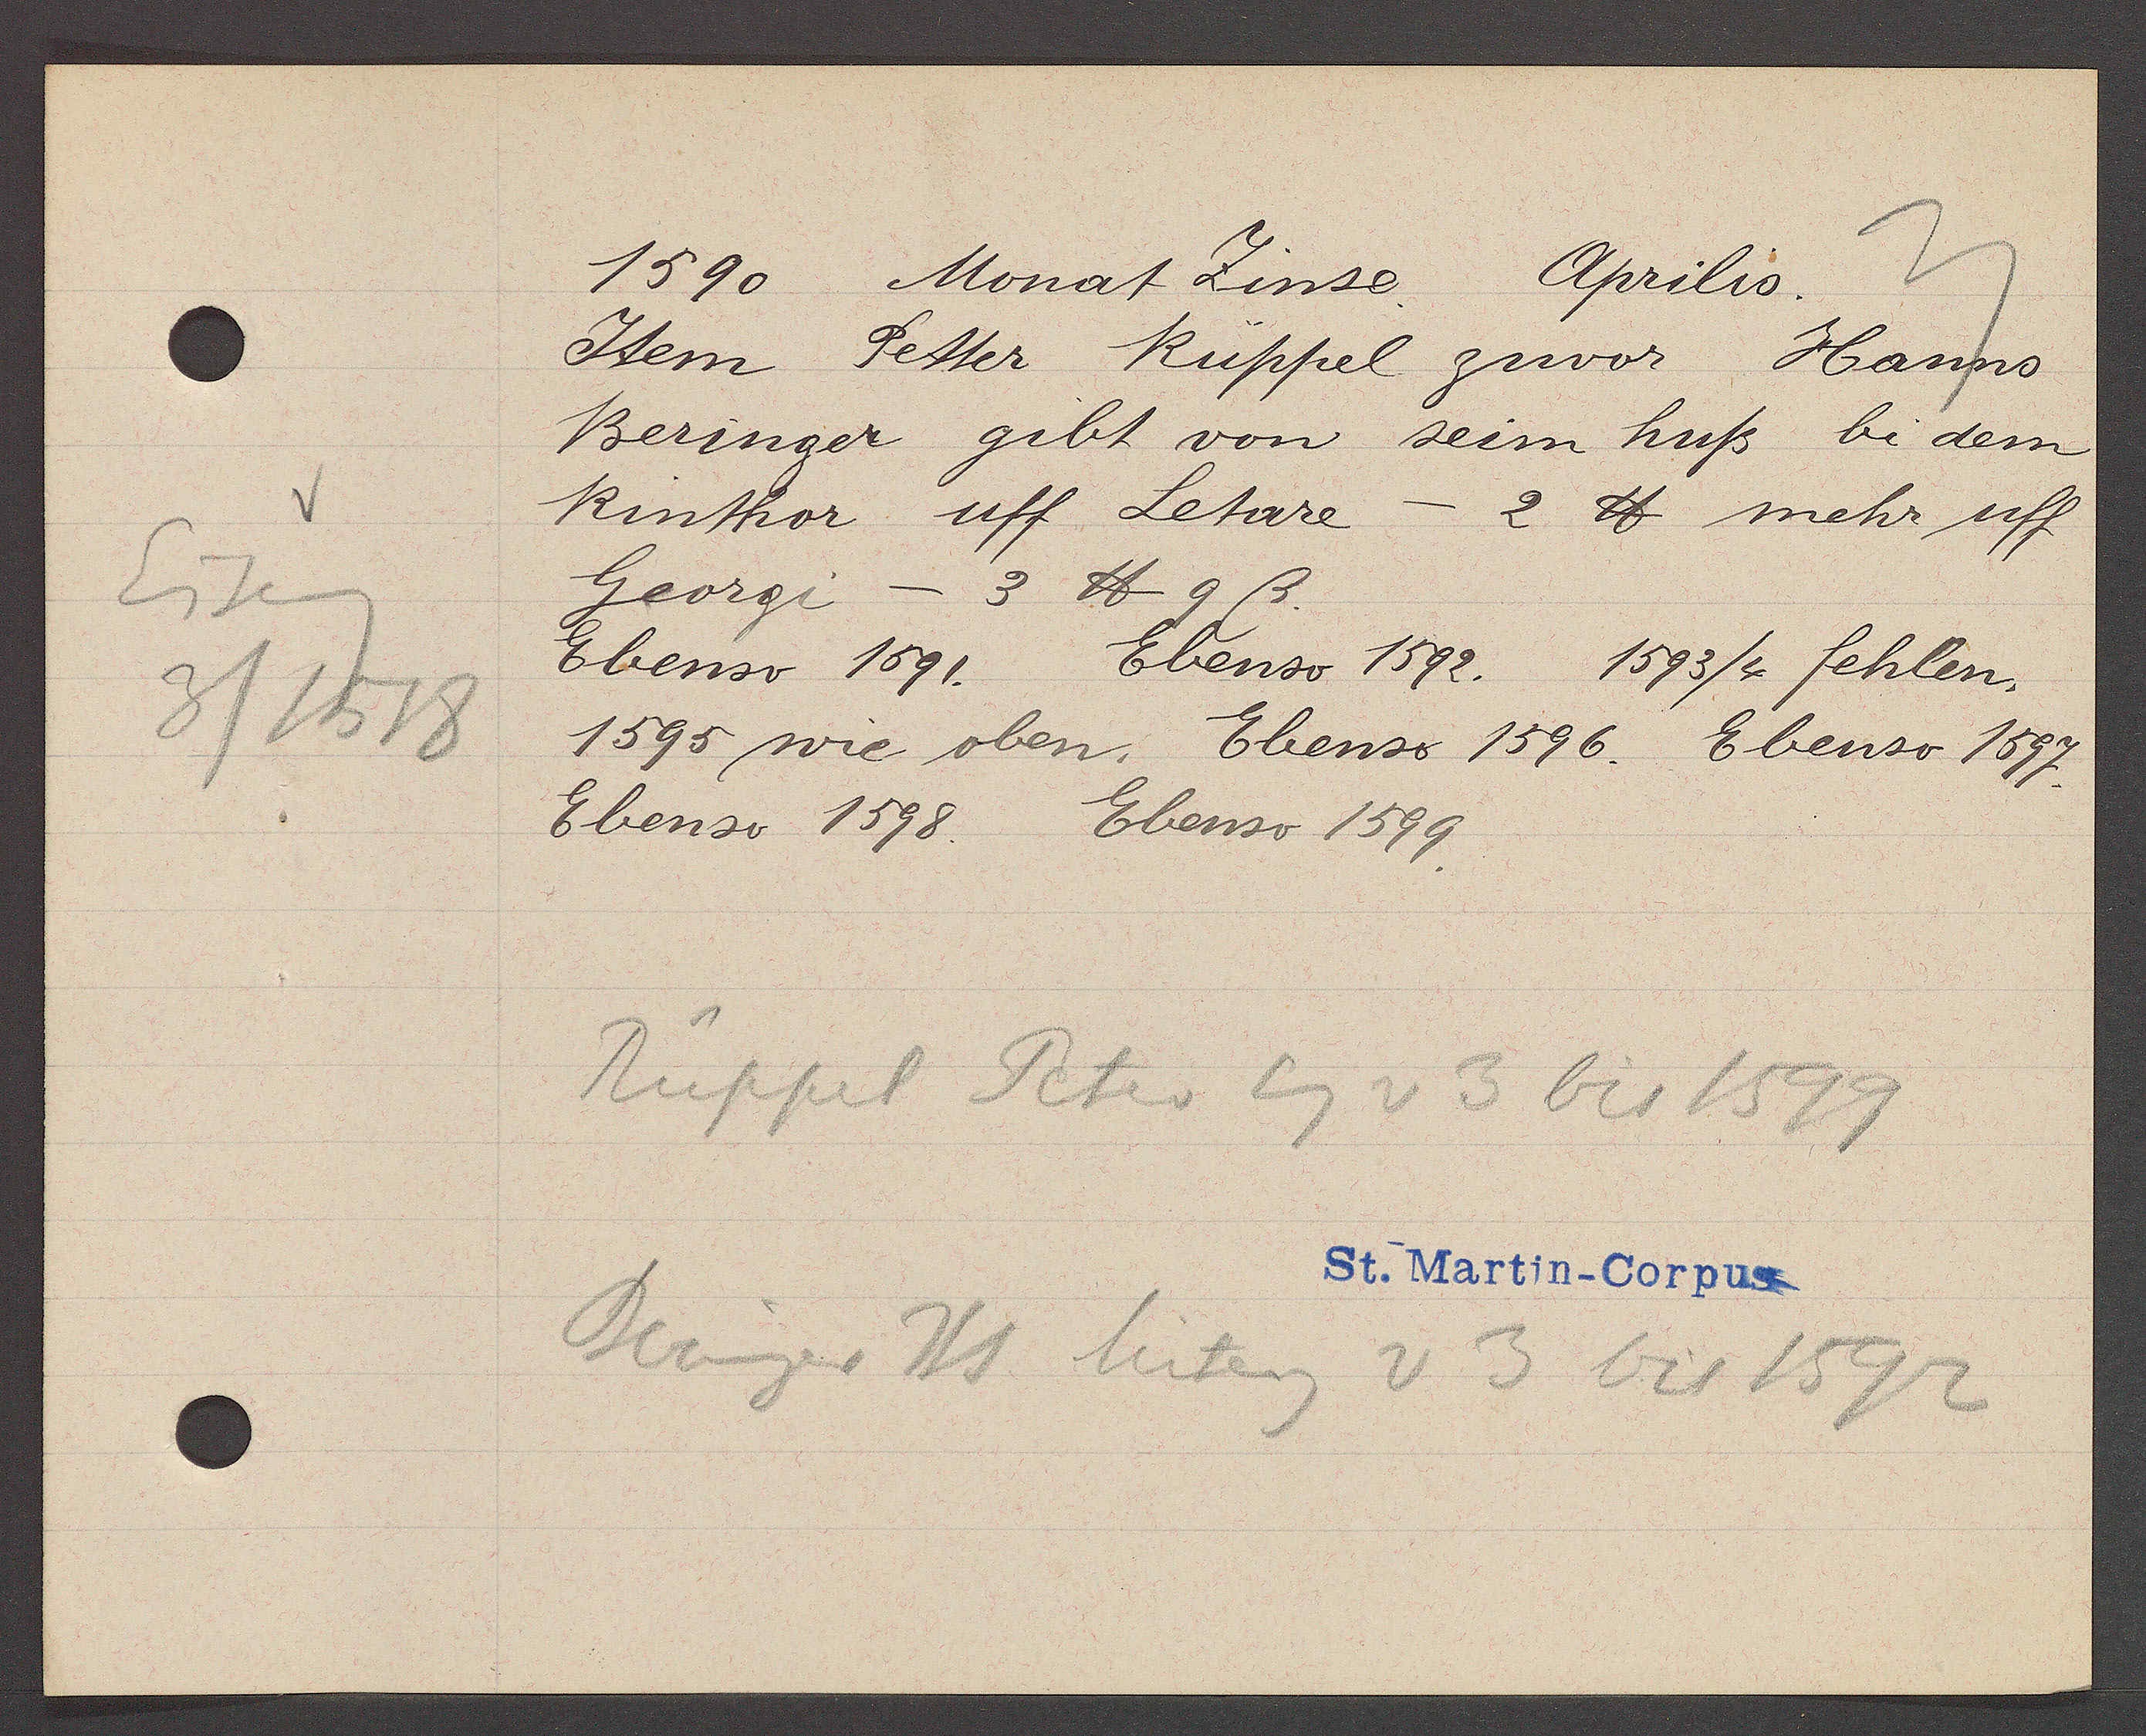
Transcript:
Eiseng
3/1518

1590 Monat Zinse Aprilis
Idem Petter Rüppel zuvor Hanns
Beringer gibt von seim huß bi dem
Rinthor uff Letare — 2 ℔ mehr uff
Georgi — 3 ℔ 9 ß.
Ebenso 1591. Ebenso 1592. 1593/4 fehlen.
1595 wie oben. Ebenso 1596. Ebenso 1587.
Ebenso 1598. Ebenso 1599.
Rüppel Peter Eg v 3 bis 1599
Beringer Hs hiteig v 3 bis 1592